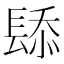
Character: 𫔗